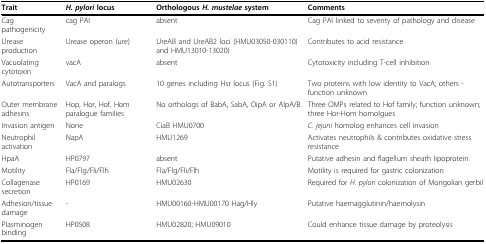
<table><thead><tr><td><b>Trait</b></td><td><b><i>H. pylori </i>locus</b></td><td><b>Orthologous <i>H. mustelae </i>system</b></td><td><b>Comments</b></td></tr></thead><tbody><tr><td>Cag pathogenicity</td><td>cag PAI</td><td>absent</td><td>Cag PAI linked to severity of pathology and disease</td></tr><tr><td>Urease production</td><td>Urease operon (ure)</td><td>UreAB and UreAB2 loci (HMU03050-030110) and HMU13010-13020)</td><td>Contributes to acid resistance</td></tr><tr><td>Vacuolating cytotoxin</td><td>vacA</td><td>absent</td><td>Cytotoxicity including T-cell inhibition</td></tr><tr><td>Autotransporters</td><td>VacA and paralogs</td><td>10 genes including Hsr locus (Fig. S1)</td><td>Two proteins with low identity to VacA; others - function unknown</td></tr><tr><td>Outer membrane adhesins</td><td>Hop, Hor, Hof, Hom paralogue families</td><td>No orthologs of BabA, SabA, OipA or AlpA/B.</td><td>Three OMPs related to Hof family; function unknown; three Hor-Hom homolgues</td></tr><tr><td>Invasion antigen</td><td>None</td><td>CiaB HMU0700</td><td><i>C. jejuni </i>homolog enhances cell invasion</td></tr><tr><td>Neutrophil activation</td><td>NapA</td><td>HMU1269</td><td>Activates neutrophils &amp; contributes oxidative stress resistance</td></tr><tr><td>HpaA</td><td>HP0797</td><td>absent</td><td>Putative adhesin and flagellum sheath lipoprotein</td></tr><tr><td>Motility</td><td>Fla/Flg/Fli/Flh</td><td>Fla/Flg/Fli/Flh</td><td>Motility is required for gastric colonization</td></tr><tr><td>Collagenase secretion</td><td>HP0169</td><td>HMU02630</td><td>Required for <i>H. pylori </i>colonization of Mongolian gerbil</td></tr><tr><td>Adhesion/tissue damage</td><td>-</td><td>HMU00160-HMU00170 Hag/Hly</td><td>Putative haemagglutinin/haemolysin</td></tr><tr><td>Plasminogen binding</td><td>HP0508</td><td>HMU02820; HMU09010</td><td>Could enhance tissue damage by proteolysis</td></tr></tbody></table>